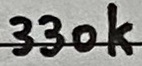
Text: 330k